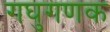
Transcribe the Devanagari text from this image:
गघुगणक